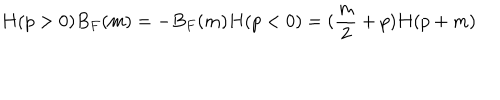
H ( p > 0 ) B _ { F } ( m ) = - B _ { F } ( m ) H ( p < 0 ) = ( \frac { m } { 2 } + p ) H ( p + m )